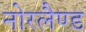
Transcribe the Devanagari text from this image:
नोरलैण्ड